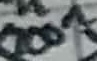
Text: 100n